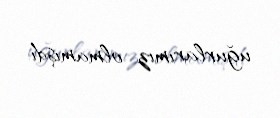
uğurlarımız olmamışdı.